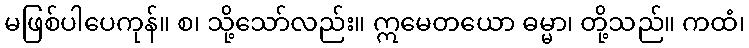
မဖြစ်ပါပေကုန်။ စ၊ သို့သော်လည်း။ ဣမေတယော ဓမ္မာ၊ တို့သည်။ ကထံ၊